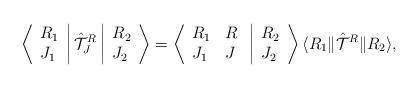
LaTeX: \begin{align*}\left \langle \begin{array}{l}R_1 \\J_1 \end{array} \right | {\hat {\cal T}}_J^R \left | \begin{array}{l}R_2 \\J_2 \end{array} \right \rangle = \left \langle \begin{array}{ll}R_1 & R \\J_1 & J \end{array} \right. \left | \begin{array}{l}R_2 \\J_2 \end{array} \right \rangle \langle R_1 \| {\hat {\cal T}}^R \| R_2 \rangle,\end{align*}